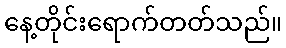
နေ့တိုင်းရောက်တတ်သည်။